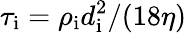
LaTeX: \tau_{\mathrm{i}}=\rho_{\mathrm{i}}d_{\mathrm{i}}^{2}/(18\eta)